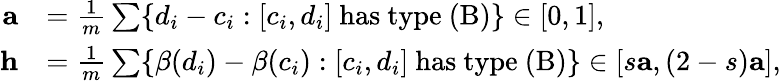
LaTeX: \begin{array}{rl}{\mathbf{a}}&{=\frac{1}{m}\sum\{ d_{i}-c_{i}:[c_{i},d_{i}]\mathrm{~has~type~(B)}\} \in[0,1],}\\ {\mathbf{h}}&{=\frac{1}{m}\sum\{ \beta(d_{i})-\beta(c_{i}):[c_{i},d_{i}]\mathrm{~has~type~(B)}\} \in[s\mathbf{a},(2-s)\mathbf{a}],}\end{array}